Sanitation, dispensaries and jails vaccination Rajputana 1922-1927 - 1922-1927
Year: 1922
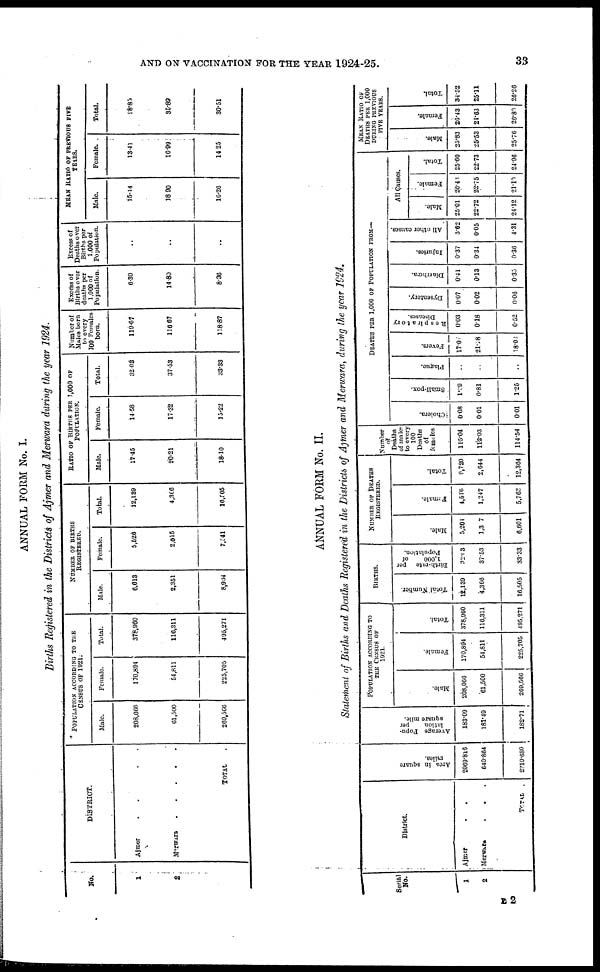
AND ON VACCINATION FOR THE YEAR 1924-25.
33
ANNUAL FORM No. I.
Births Registered in the Districts of Ajmer and Merwara during the year 1924.
No.
1
2
DISTRICT.
Ajmer
....
Merwara
TOTAL .
POPULATION ACCORDING TO THE
CENSUS OF 1921.
Male.
208,066
61,500
269,566
Female.
170,894
54,811
225,705
Total.
378,960
116,311
405,271
NUMBER OF BRITHS
REGISTERED.
Male.
6,613
2,351
8,934
Female.
5,526
2,015
7,541
Total.
12,139
4,306
16,505
RATIO OF BIRTHS PER 1,000 OF
POPULATION.
Male.
17.45
20.21
18.10
Female.
14.58
17.32
15.22
Total.
32.03
37.53
33.33
Number of
Males born
to every
100 Females
born.
119.07
116.67
118.87
Excess of
Births over
deaths per
1,000 of
Population.
6.30
14.80
8.36
Excess of
Deaths over
Births per
1,000 of
Population.
..
..
..
MEAN RATIO OF PREVIOUS FIVE
YEARS.
Male.
15.14
18.90
10.26
Female.
13.41
16.99
14.25
Total.
28.85
35.89
30.51
ANNUAL FORM No. II.
Statement of Births and Deaths Registered in the Districts of Ajmer and Merwara, during the year 1924.
Serial
No.
1
2
District.
Ajmer ..
Merwara
...
TOTAL .
Area in square
miles.
2069.816
640.864
2710.680
Average Popu-
lation
per
square mile.
183.09
181.49
182.71
POPULATION ACCORDING TO
THE CENSUS OF
1921.
Male.
208,066
61,500
269,566
Female.
170,894
54,811
225,705
Total.
378,960
116,311
495,271
BIRTHS.
Total Number.
12,139
4,366
16,505
Birth-rate
per
1,000
of
Population.
32.03
37.53
33.33
NUMBER OF DEATHS
REGISTERED.
Male.
5,201
1,307
6,601
Female.
4,516
1,247
5,762
Total.
9,720
2,644
12,364
Number
of
Deaths
of males
to every
100
Deaths
of
females
115.04
112.03
114.54
DEATHS PER 1,000 OF POPULATION FROM—
Cholera.
0.08
0.01
0.01
Small-pox.
1.09
0.81
1.25
Plague.
..
..
..
Fevers.
17.0
21.18
18.01
Respiratory
Diseases.
0.03
0.18
0.52
Dysentery.
0.07
0.02
0.06
Diarrhœa.
0.41
0.13
0.35
Injuries.
0.37
0.34
0.36
All other causes.
5.62
0.05
4.31
All Causes.
Male.
25.01
22.72
24.12
Female.
26.43
23.75
21.10
Total.
25.60
22.73
24.96
MEAN RATIO OF
DEATHS PER 1,000
DURING PREVIOUS
FIVE YEARS.
Male.
25.83
25.53
25.76
Female.
20.43
24.63
26.80
Total.
34.52
25.11
26.26
L2